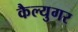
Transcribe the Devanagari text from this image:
कैल्युगर